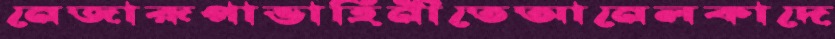
নেজারূপাভাহিনীতেআনেলকাদে